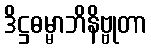
ဒိဋ္ဌဓမ္မာဘိနိဗ္ဗုတာ